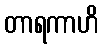
တာရကာဟိ